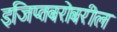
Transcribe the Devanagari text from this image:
इजिप्तबरोबरील